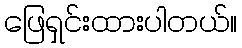
ဖြေရှင်းထားပါတယ်။